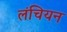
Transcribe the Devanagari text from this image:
लंचियन